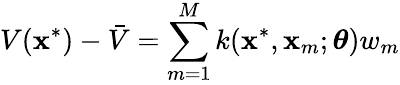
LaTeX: V(\textbf{x}^{*})-\bar{V}=\sum_{m=1}^{M}k(\textbf{x}^{*},\textbf{x}_{m};\boldsymbol{\theta})w_{m}